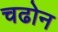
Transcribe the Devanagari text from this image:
चढोन